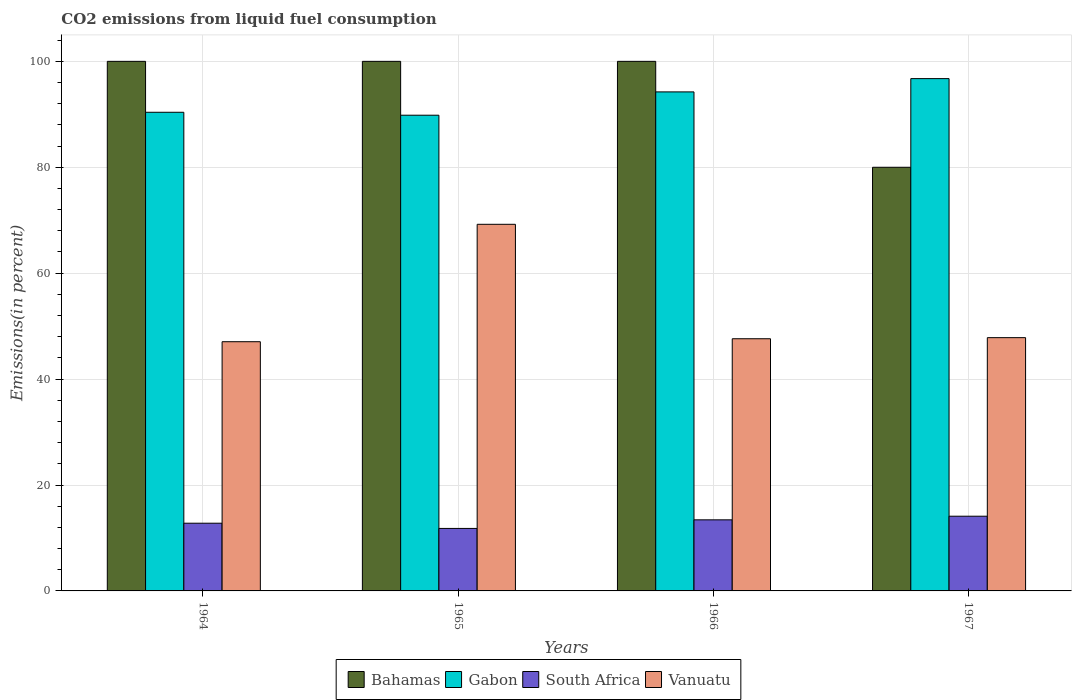
| Years | Bahamas | Gabon | South Africa | Vanuatu |
 | --- | --- | --- | --- | --- |
 | 1964 | 100 | 90.4 | 12.8 | 47.1 |
 | 1965 | 100 | 89.8 | 11.8 | 69.2 |
 | 1966 | 100 | 94.2 | 13.4 | 47.6 |
 | 1967 | 80 | 96.7 | 14.1 | 47.8 |